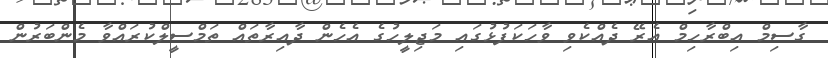
ގާސިމް އިބްރާހިމް އެރޭ ދެއްކެވި ވާހަކަފުޅުގައި މަޖިލީހުގެ އެހެން ދާއިރާތައް ތަމްސީލްކުރައްވާ މެންބަރުން